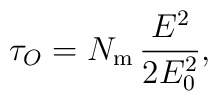
\tau_O = N_{\rm m} \,{E^2\over 2 E_0^2},